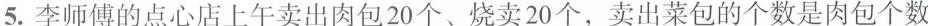
5.李师傅的点心店上午卖出肉包20个、烧卖20个，卖出菜包的个数是肉包个数